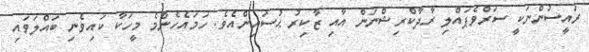
ރައީސުންނަކީ ސަރްވެޕައްލި ރާދާކްރިޝްނަން އާއި ޒާކިރު ޙުސައިންއެވެ. ހަމައެހެންމެ މީހަކާ ކައިވެނި ބައްލަވައި